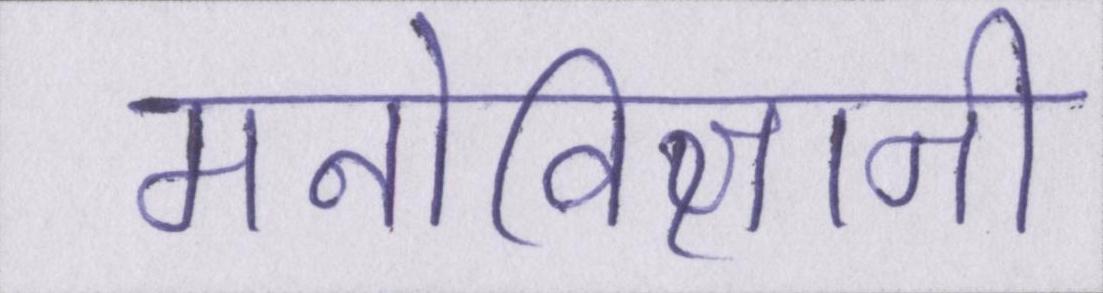
मनोविज्ञानी